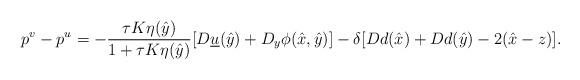
LaTeX: \begin{align*}p^v - p^u = - \frac{\tau K \eta(\hat y)}{1+\tau K \eta(\hat y)} [D\underline u(\hat y) + D_y\phi(\hat x, \hat y)] - \delta [Dd(\hat x)+Dd(\hat y)-2(\hat x-z)]. \\\end{align*}